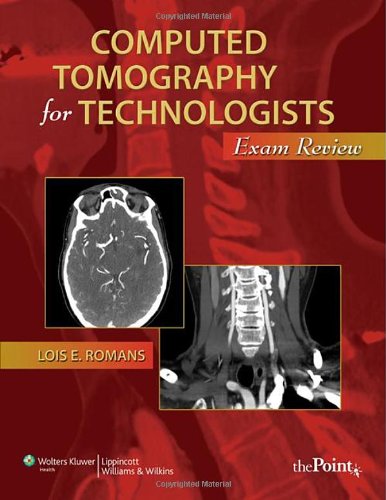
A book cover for Computed Tomography for Technologists: Exam Review (Point (Lippincott Williams & Wilkins)); Lois Romans BA  RT(R)(CT); Medical Books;